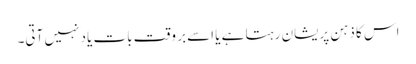
اس کا ذہن پریشان رہتا ہے یا اسےبر وقت بات یاد نہیں آتی۔